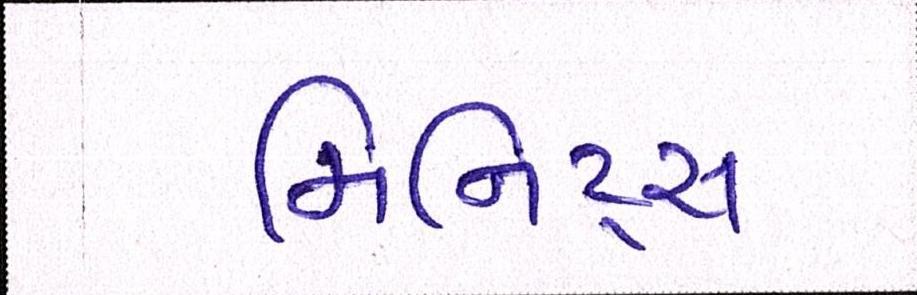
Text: મિનિટ્સ